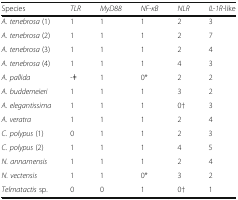
| Species | TLR | MyD88 | NF-κB | NLR | IL-1R-like |
 | --- | --- | --- | --- | --- | --- |
 | A. tenebrosa (1) | 1 | 1 | 1 | 2 | 3 |
 | A. tenebrosa (2) | 1 | 1 | 1 | 2 | 7 |
 | A. tenebrosa (3) | 1 | 1 | 1 | 2 | 4 |
 | A. tenebrosa (4) | 1 | 1 | 1 | 4 | 3 |
 | A. pallida | -ǂ | 1 | 0* | 2 | 2 |
 | A. buddemeieri | 1 | 1 | 1 | 3 | 2 |
 | A. elegantissima | 1 | 1 | 1 | 0† | 3 |
 | A. veratra | 1 | 1 | 1 | 2 | 4 |
 | C. polypus (1) | 0 | 1 | 1 | 2 | 3 |
 | C. polypus (2) | 1 | 1 | 1 | 4 | 5 |
 | N. annamensis | 1 | 1 | 1 | 2 | 4 |
 | N. vectensis | 1 | 1 | 0* | 3 | 2 |
 | Telmatactis sp. | 0 | 0 | 1 | 0† | 1 |